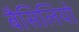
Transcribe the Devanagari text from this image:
बैसिलियो